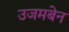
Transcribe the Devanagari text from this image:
उजमबेन